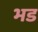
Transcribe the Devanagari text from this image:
भड